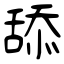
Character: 舔